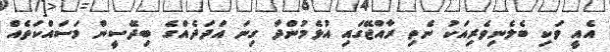
އެއީ ވަކި ބެލެނިވެރިއަކު ނެތި ރާއްޖޭގައި އުޅެމުންދާ ގިނަ އަދަދެއްގެ ބިދޭސީން މަސައްކަތެއް